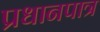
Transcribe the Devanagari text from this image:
प्रधानपात्र